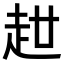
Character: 𧺧